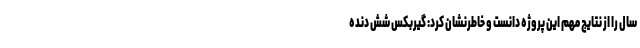
سال را از نتایج مهم این پروژه دانست و خاطرنشان کرد: گیربکس شش دنده